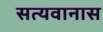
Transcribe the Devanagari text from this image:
सत्यवानास